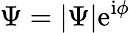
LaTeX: \Psi=|\Psi|\mathrm{e}^{\mathrm{i}\phi}